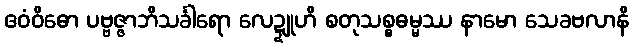
ဧဝံဝိဓော ပဗ္ဗဇ္ဇာဘိသင်္ခါရော လေဍ္ဍူဟိ စတုသစ္စဓမ္မဿ နာမော သေခဗလာနိ